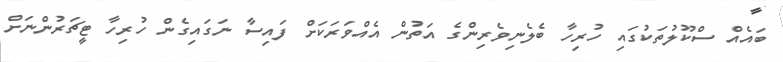
ބައެއް ސްކޫލުތަކުގައި ހުރިހާ ބެލެނިވެރިންގެ އަތުން އެއްވަރަކަށް ފައިސާ ނަގައިގެން ހުރިހާ ޓީޗަރުންނަށް